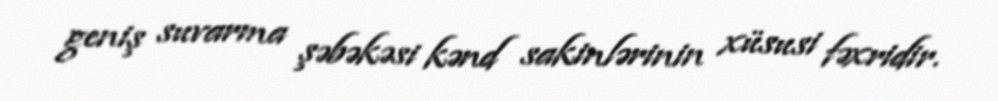
geniş suvarma şəbəkəsi kənd sakinlərinin xüsusi fəxridir.